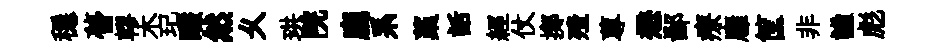
穩瞢轇木玘釅然乆珙院廳系藁話經仗擲殪蓴懋鄙療廱筐非謐彪